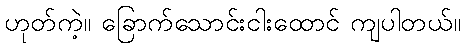
ဟုတ်ကဲ့။ ခြောက်သောင်းငါးထောင် ကျပါတယ်။